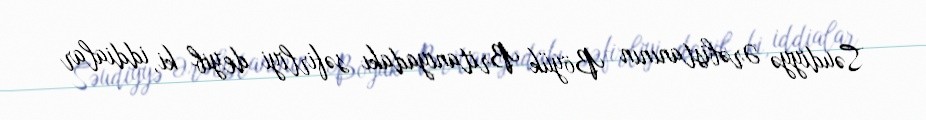
Səudiyyə Ərəbistanının Böyük Britaniyadakı səfirliyi deyib ki, iddialar